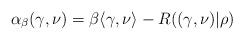
LaTeX: \begin{align*}\alpha_\beta(\gamma,\nu)=\beta\langle \gamma, \nu \rangle - R((\gamma,\nu)|\rho) \end{align*}